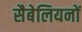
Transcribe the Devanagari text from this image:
सैबेलियनों